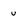
Character: u